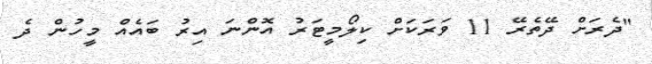
"ދެރަށް ދޭތެރޭ 11 ވަރަކަށް ކިލޯމީޓަރު އޮންނަ އިރު ބައެއް މީހުން ދެ